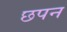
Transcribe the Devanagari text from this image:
छपन